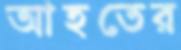
আহতের